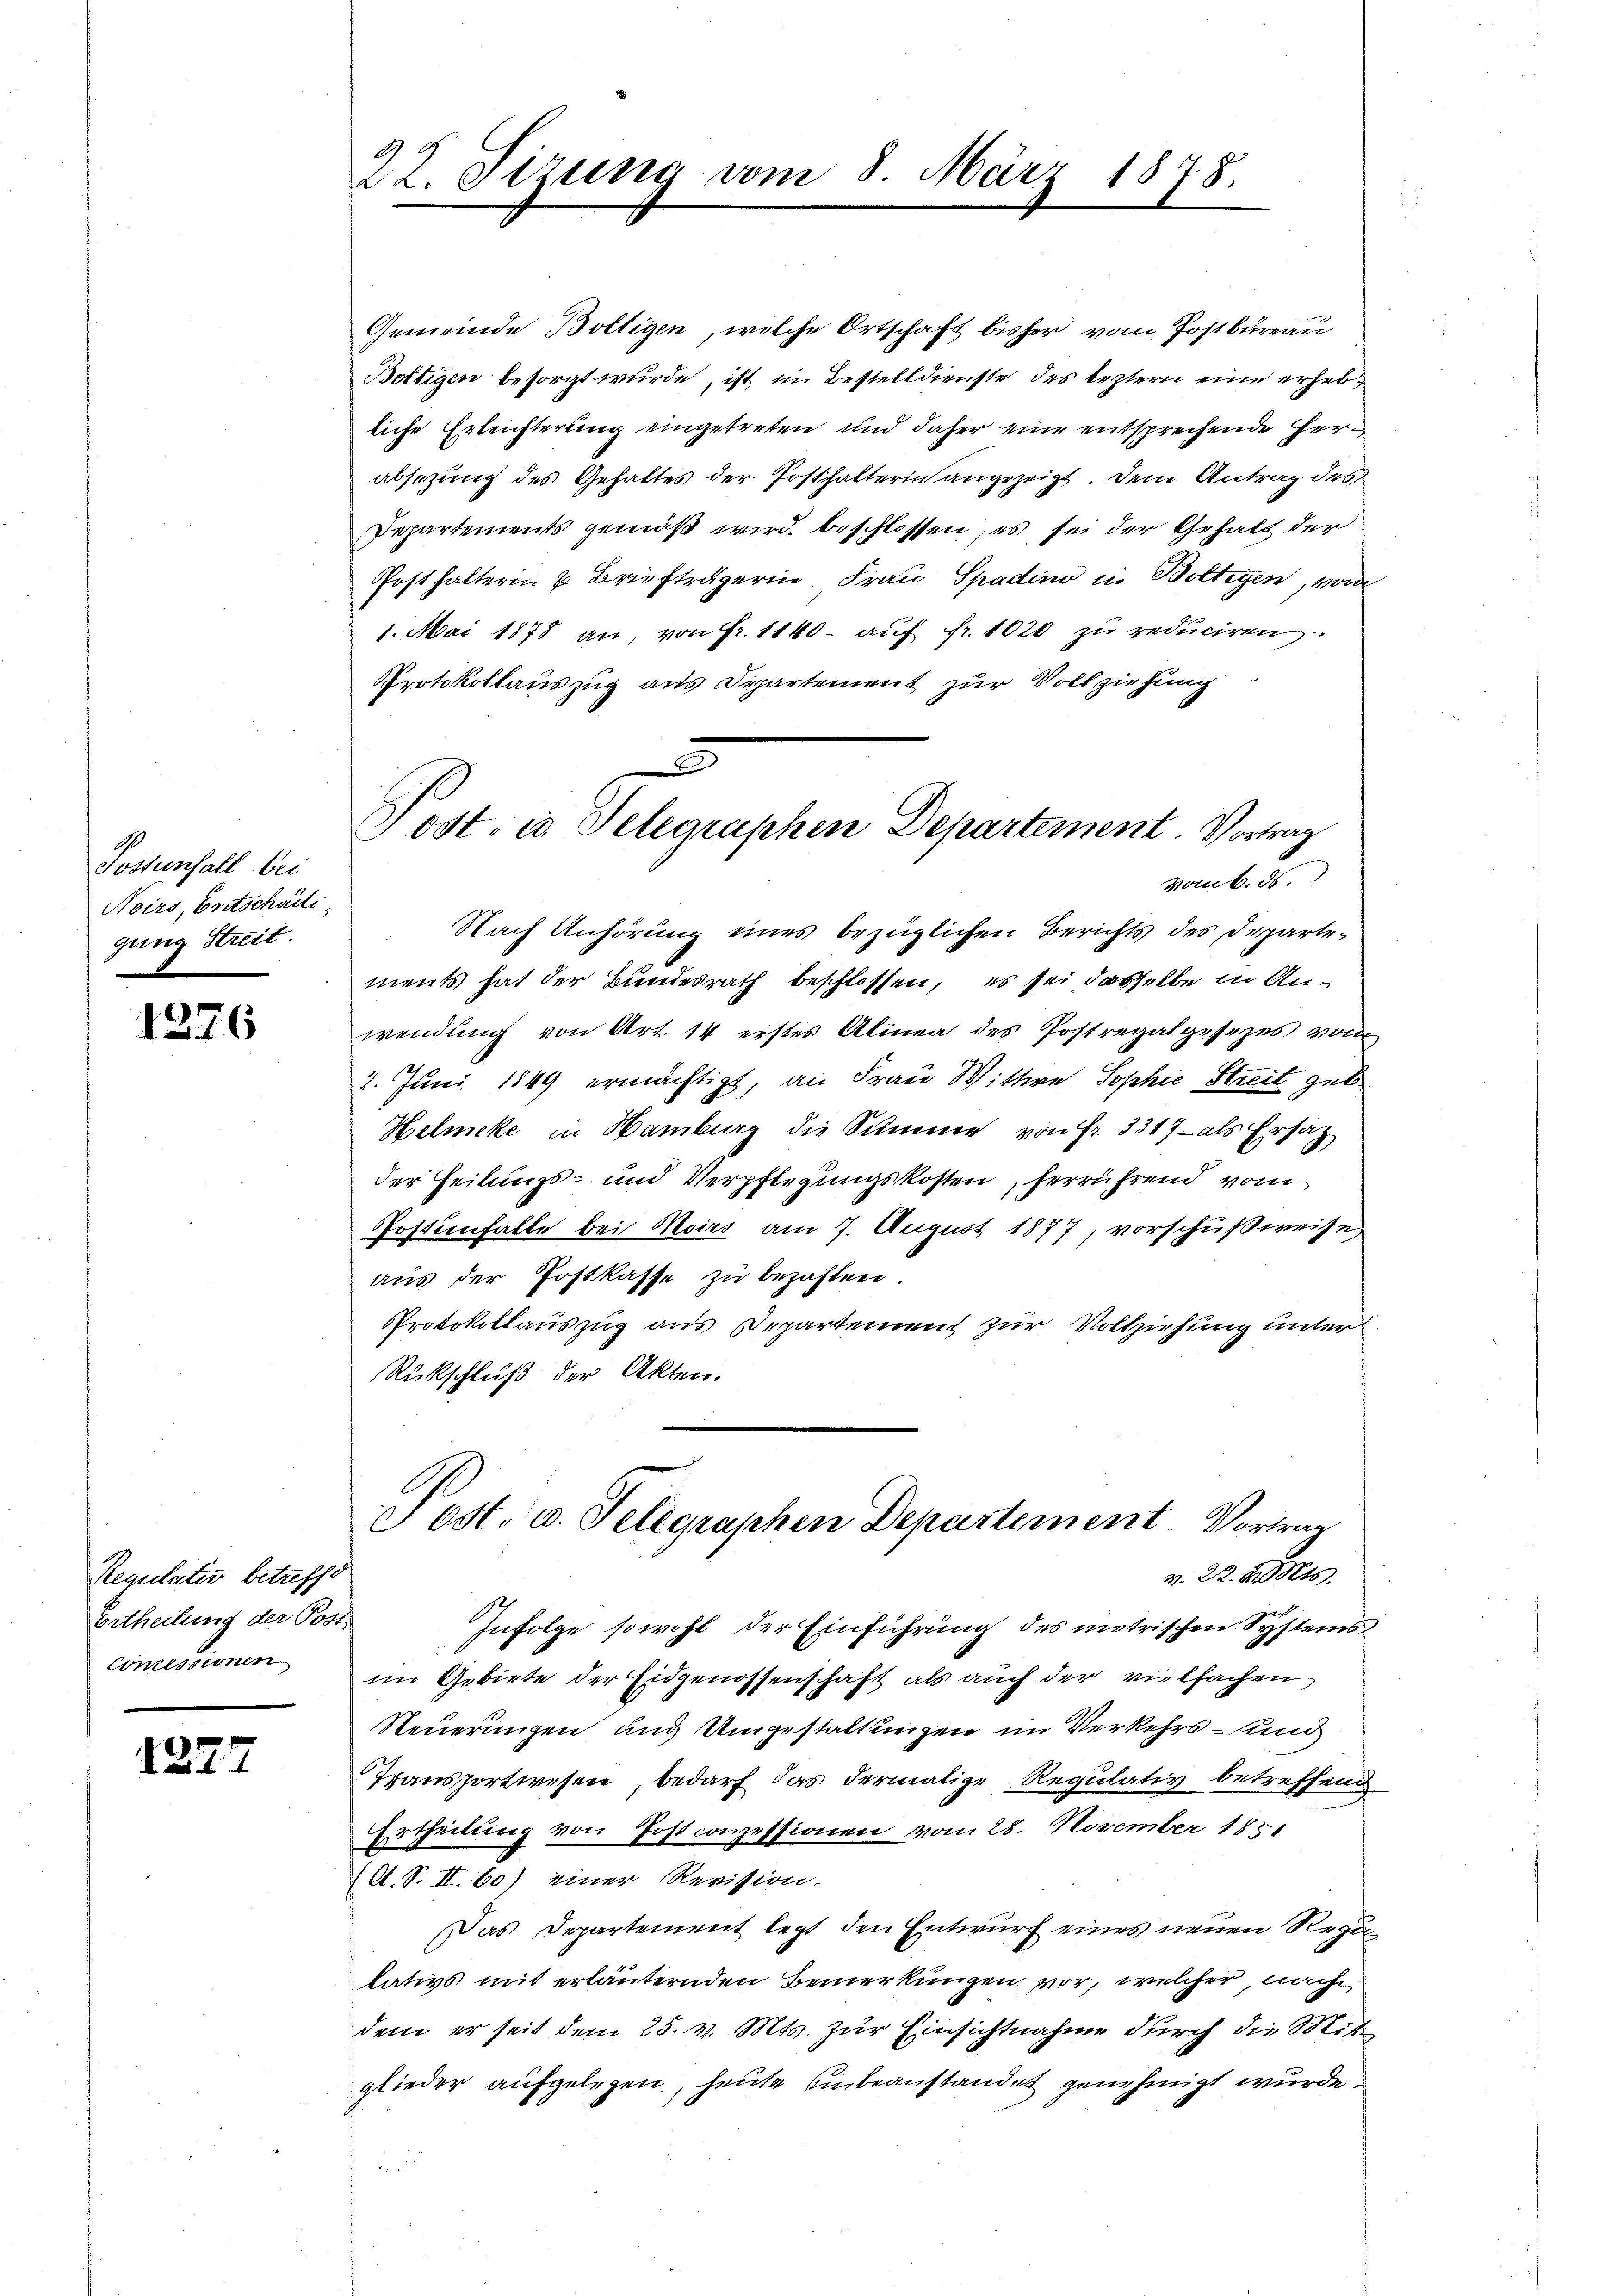
Postenfall bei
Noirs, Entschädli
gung Streit.

1376

Regulativ betreffe
Ertheilung der Post
Commissionen

1227

22. Tizung vom 8. März 1878.

Gemeinde Boltigen, welche Ortschaft bisher vom Postbureau
Bottigen besorgt wurde, ist im Bestelldienste des leztern eine erhebliche Erleichterung eingetreten und daher eine entsprechende Herabsezung des Gehaltes der Posthalterin angezeigt. Dem Antrag des
Departements gemäß wird beschlossen, es sei der Gehalt der
Posthalterin u Briefträgerin Frau Spadino in Boltigen, von
1. Mai 1878 an, von Fr. 1140. auf fr. 1020 zu reduciren
Protokollauszug aus Departement zur Vollziehung
Nach Anhörung eines bezüglichen Berichts des Departements hat der Bundesrath beschlossen, es sei dasselbe in Anwendung von Art. 14 erstes Alinea des Postregalgesezes vom
2. Juni 1849 ermächtigt, an Frau Wittwe Sophie Streit geb.
Helmeke in Hamburg die Summe von Fr. 3317 - als Ersatz
der Heilungs- und Verpflegungskosten, herrührend vom
Postenfalle bei Moirs am 7. August 1877, vorschußweise
aus der Postkasse zu bezahlen
Protokollauszug aus Departement zur Vollziehung unter
Rückschluß der Akten.
Post. v. Telegraphen Departement. Vortrag
v. 22. v. Mts.
Infolge sowohl der Einführung des metrischen Systems
im Gebiete der Eidgenossenschaft als auch der vielfachen
Steuerungen und Umgestaltungen im Verkehrs- und
Transportwesen bedarf das dermalige Regulativ betreffend
Ertheilung von Postconzessionen vom 28. November 1851
(lt. S. II. 60) einer Revision.
Das Departement legt den Entwurf eines neuen Regilativs mit erläuternden Bemerkungen vor, welcher, nach
dem er seit dem 25. v. Mts. zur Einsichtnahme durch die Mitglieder aufgelegen, heute einbeanstandet genehmigt wurde.

3
Post, in Selegraphen Departement. Vortrag
vom 6. ds.